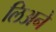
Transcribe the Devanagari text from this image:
लिअने